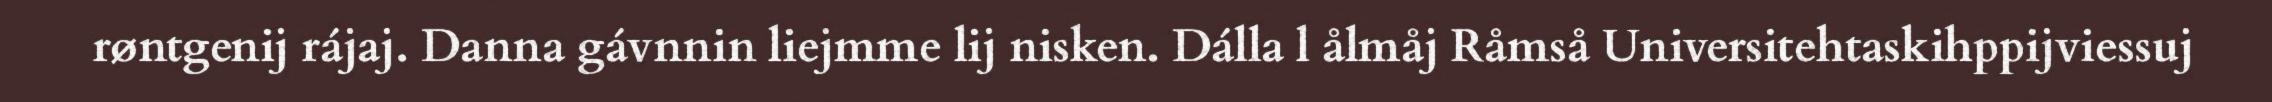
røntgenij rájaj. Danna gávnnin liejmme lij nisken. Dálla l ålmåj Råmså Universitehtaskihppijviessuj